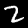
Label: 2